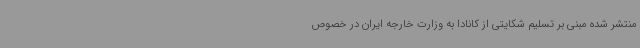
منتشر شده مبنی بر تسلیم شکایتی از کانادا به وزارت خارجه ایران در خصوص